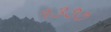
૧૩૭૭